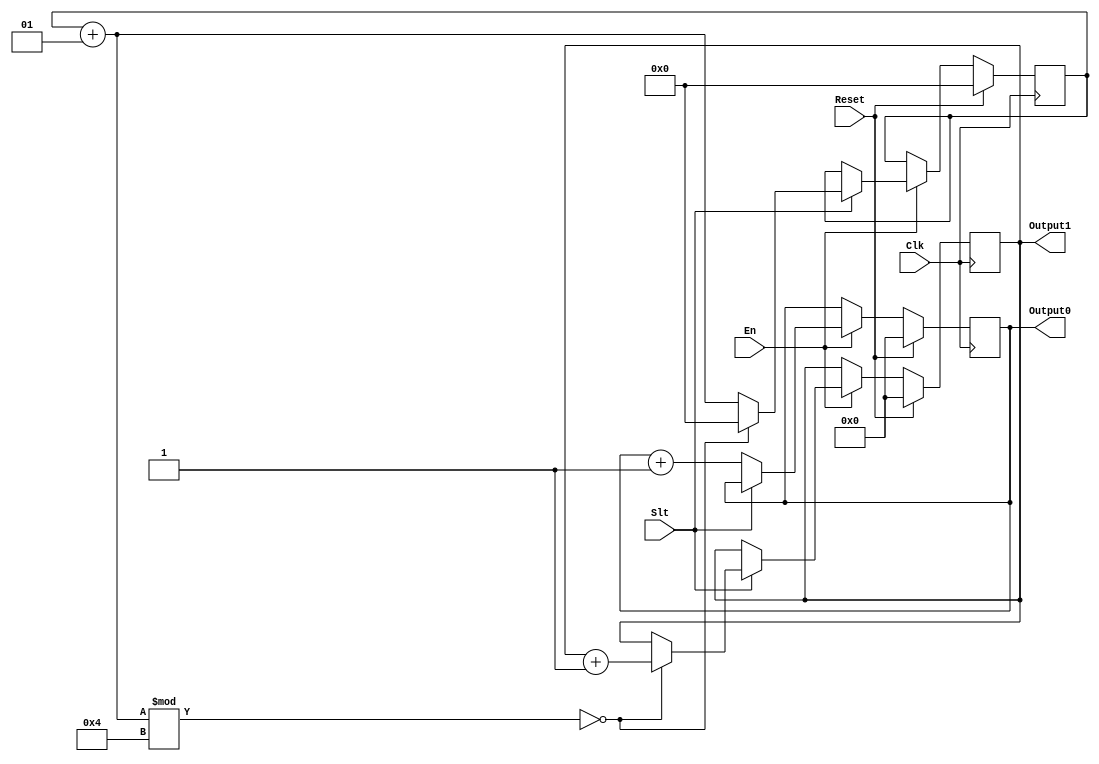
module code(
    input Clk,
    input Reset,
    input Slt,
    input En,
    output reg [63:0] Output0,
    output reg [63:0] Output1
);
integer cnt;
always @(posedge Clk) begin
    if(Reset == 1) begin
      Output0 <= 64'b0;
      Output1 <= 64'b0;
      cnt = 0;
    end
    else begin
      if(En == 1) begin
        if(Slt == 0)
        Output0 <= Output0 + 64'b1;
        else begin
          cnt = cnt + 1;
          if(cnt % 4 == 0) begin
            cnt = 0;
            Output1 <= Output1 + 64'b1;
          end          
          else
          Output1 <= Output1;
        end
      end
      else begin
        Output0 <= Output0;
        Output1 <= Output1;
      end
    end
end
endmodule